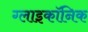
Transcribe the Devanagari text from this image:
ग्लाइकॉनिक